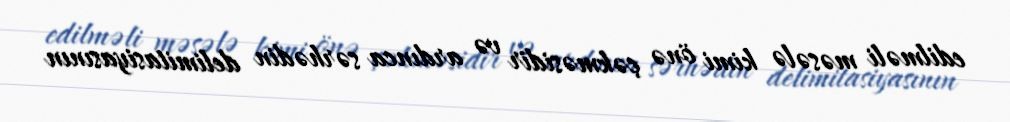
edilməli məsələ kimi önə çəkməsidir və ardınca sərhədin delimitasiyasının